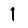
Digit: 1